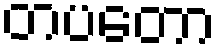
တပတော